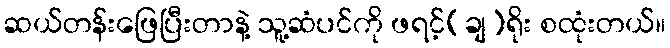
ဆယ်တန်းဖြေပြီးတာနဲ့ သူ့ဆံပင်ကို ဖရင့်(ချ)ရိုး စထုံးတယ်။